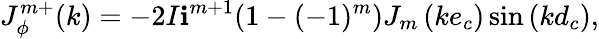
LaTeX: J_{\phi}^{m+}(k)=-2I\mathbf{i}^{m+1}(1-(-1)^{m})J_{m}\left(ke_{c}\right)\sin\left(kd_{c}\right),